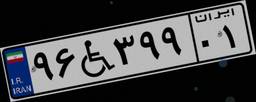
۹۶W۳۹۹۰۱